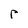
Character: r